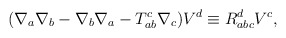
\begin{align*}(\nabla_a\nabla_b-\nabla_b\nabla_a-T_{ab}^c\nabla_c)V^d\equiv R_{abc}^dV^c,\end{align*}